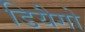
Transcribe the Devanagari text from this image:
डियैगो